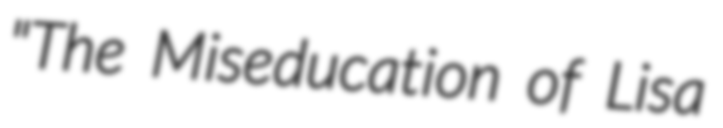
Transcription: "The Miseducation of Lisa